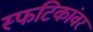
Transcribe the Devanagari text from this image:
स्फटिकांवर